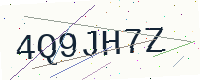
Text: 4Q9JH7Z